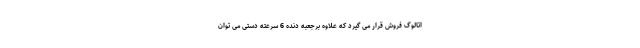
اتالوگ فروش قرار می گیرد که علاوه برجعبه دنده 6 سرعته دستی می توان